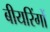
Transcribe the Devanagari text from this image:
बीयरिंगों